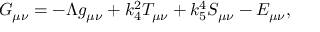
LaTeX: G _ { \mu \nu } = - \Lambda g _ { \mu \nu } + k _ { 4 } ^ { 2 } T _ { \mu \nu } + k _ { 5 } ^ { 4 } S _ { \mu \nu } - E _ { \mu \nu } ,